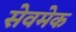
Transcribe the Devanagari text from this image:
सेवमेक